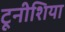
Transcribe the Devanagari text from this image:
टूनीशिया